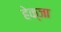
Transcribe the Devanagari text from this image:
हेक्जा